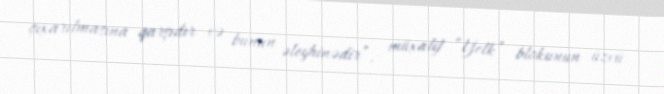
çıxarılmasına qarşıdır və bunun əleyhinədir”,- müxalif “Yelk” blokunun üzvü